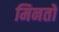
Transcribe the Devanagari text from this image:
मिनतो